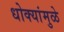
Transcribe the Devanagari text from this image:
धोक्यांमुळे